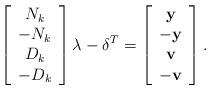
LaTeX: \begin{align*}\left[\begin{array}[c]{c}N_{k}\\-N_{k}\\D_{k}\\-D_{k}\end{array}\right] \mathbf{\lambda}-\mathbf{\delta}^{T}=\left[\begin{array}[c]{c}\mathbf{y}\\-\mathbf{y}\\\mathbf{v}\\-\mathbf{v}\end{array}\right] . \end{align*}